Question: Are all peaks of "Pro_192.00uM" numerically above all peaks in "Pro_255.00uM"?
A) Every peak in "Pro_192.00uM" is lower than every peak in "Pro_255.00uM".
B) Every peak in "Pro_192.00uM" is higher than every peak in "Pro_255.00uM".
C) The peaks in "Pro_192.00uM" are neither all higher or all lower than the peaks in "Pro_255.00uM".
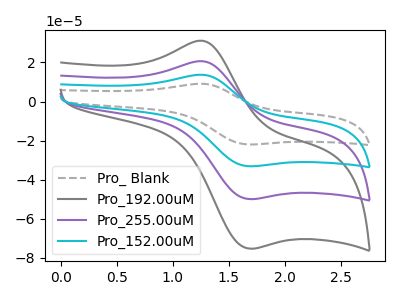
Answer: <think>The gray dashed curve "Pro_ Blank" has an anodic peak at (1.25V, 62.05uA) and a cathodic peak at (1.70V, -149.95uA). The gray curve "Pro_192.00uM" has an anodic peak at (1.25V, 31.15uA) and a cathodic peak at (1.70V, -75.35uA). The purple curve "Pro_255.00uM" has an anodic peak at (1.25V, 20.70uA) and a cathodic peak at (1.70V, -50.00uA). The cyan curve "Pro_152.00uM" has an anodic peak at (1.25V, 41.35uA) and a cathodic peak at (1.70V, -99.95uA).</think>
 <answer>B) Every peak in "Pro_192.00uM" is higher than every peak in "Pro_255.00uM".</answer>
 <eval>B</eval>